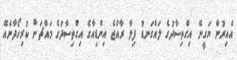
އެއިރުން ޔަގީނޭ އިގްތިސާދުގެ ލައްގަނޑު ފިލާ ރާއްޖެ އިންޑިއާގެ އިގްތިސާދުގެ މައްޗަށް ކުރިހޯދާނެއޭ